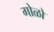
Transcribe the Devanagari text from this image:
गोळो